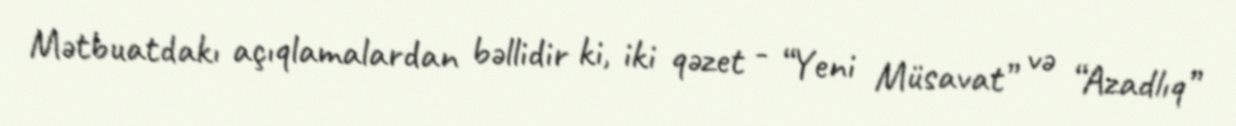
Mətbuatdakı açıqlamalardan bəllidir ki, iki qəzet - “Yeni Müsavat” və “Azadlıq”